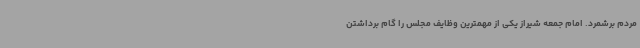
مردم برشمرد. امام جمعه شیراز یکی از مهمترین وظایف مجلس را گام برداشتن